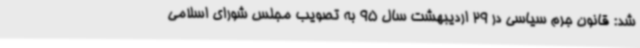
شد: قانون جرم سیاسی در 29 اردیبهشت سال 95 به تصویب مجلس شورای اسلامی